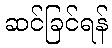
ဆင်ခြင်ရန်